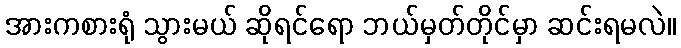
အားကစားရုံ သွားမယ် ဆိုရင်ရော ဘယ်မှတ်တိုင်မှာ ဆင်းရမလဲ။